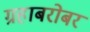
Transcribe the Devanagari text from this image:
ग्रहाबरोबर